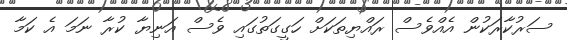
ސަރުކާރަކުން އެއްވެސް ރައްޔިތަކަށް ހަގީގަތުގައި ވެސް އަނިޔާ ކުރާ ނަމަ އެ ކަމާ